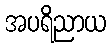
အပရိညာယ